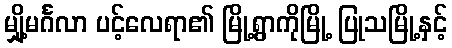
မျှို့မင်္ဂလာ ပင့်လေရာ၏ မြို့ရွာကိုမြို့ ပြုသမြို့နှင့်